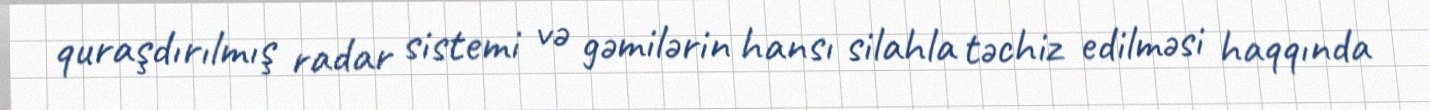
quraşdırılmış radar sistemi və gəmilərin hansı silahla təchiz edilməsi haqqında